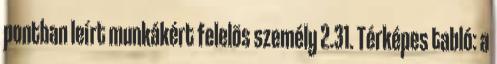
pontban leírt munkákért felelõs személy 2.31. Térképes tabló: a